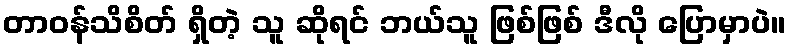
တာဝန်သိစိတ် ရှိတဲ့ သူ ဆိုရင် ဘယ်သူ ဖြစ်ဖြစ် ဒီလို ပြောမှာပဲ။